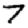
Digit: 7